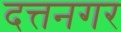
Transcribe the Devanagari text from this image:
दत्तनगर